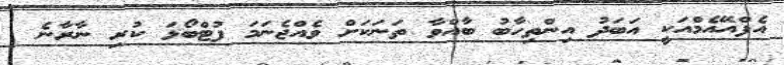
އެފްއޭއެމްއަކީ އަބަދު އިންތިހާބު ބާއްވާ ތަނަކަށް ވެއްޖެނަމަ ފުޓްބޯޅަ ކުރި ނާރާނެ